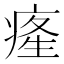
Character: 𤷬